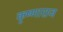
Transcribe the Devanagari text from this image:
कृष्णाराज